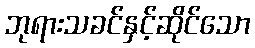
ဘုရားသခင်နှင့်ဆိုင်သော